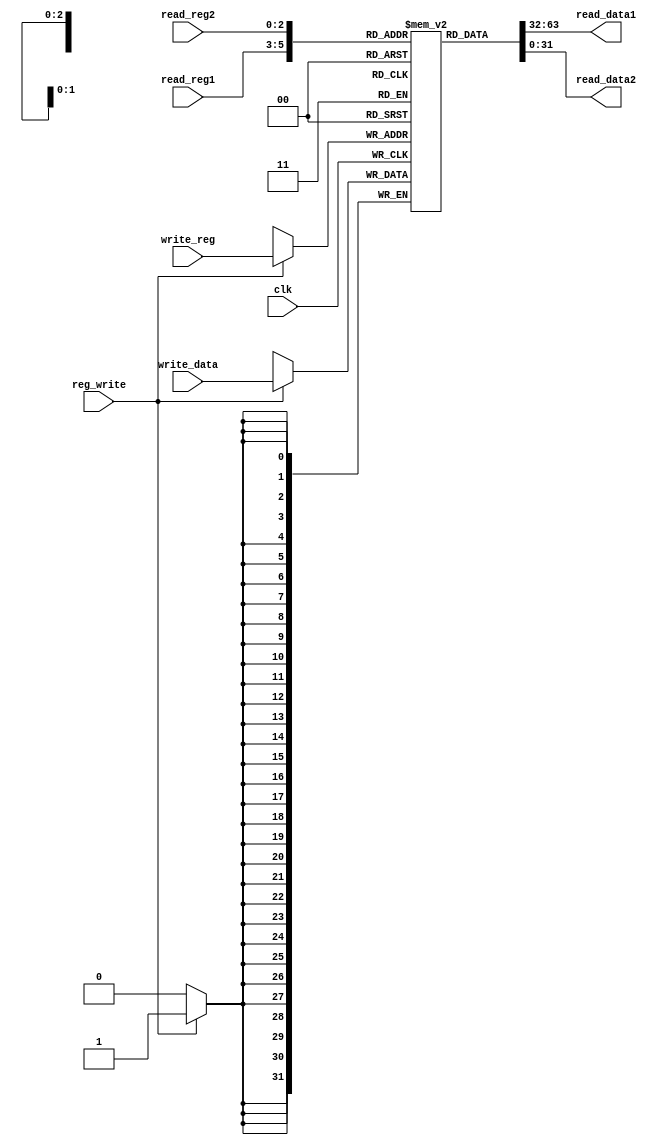
module register_file (clk, read_reg1, read_reg2, write_reg, write_data, reg_write, read_data1, read_data2);

	input clk;
	input [2:0]read_reg1, read_reg2,write_reg;
	input reg_write;
	input [31:0] write_data;
	output reg [31:0] read_data1, read_data2;
	reg [31:0] data [7:0];
	always @(*) 
		begin
			read_data1 <= data[read_reg1];
			read_data2 <= data[read_reg2];
		end

	always @(posedge clk)
		begin
			if (reg_write ) begin
				data[write_reg] <= write_data;
			end
		end
endmodule